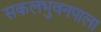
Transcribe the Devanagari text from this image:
सकलभुवनपाला